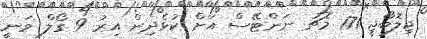
ޖިލޮބޯޖީ 171 މެޗު ނަންޓޭސް އަށް ކުޅެދިން އިރު 9 ގޯލް ވަނީ